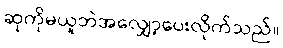
ဆုကိုမယူဘဲအလျှော့ပေးလိုက်သည်။